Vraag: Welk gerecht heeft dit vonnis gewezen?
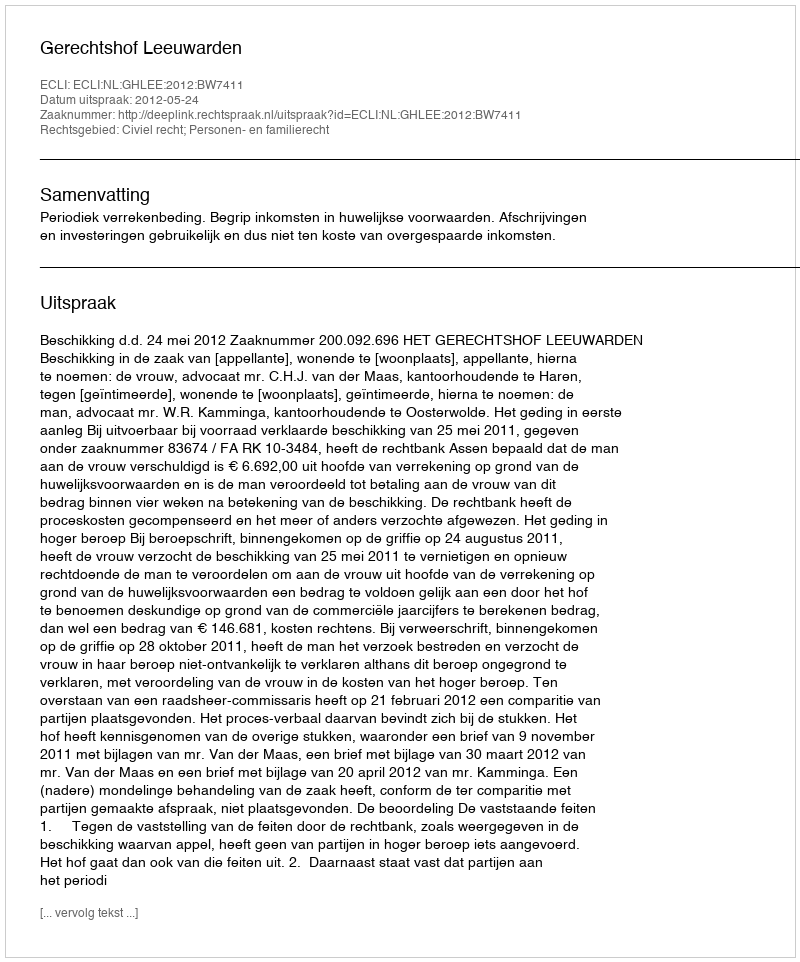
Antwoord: Gerechtshof Leeuwarden